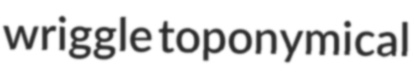
wriggle toponymical